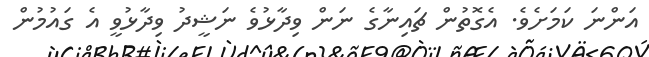
އަންނަ ކަމަށެވެ. އެގޮތުން ޗައިނާގެ ނަން ވިދާޅުވެ ނަޝީދު ވިދާޅުވީ އެ ގައުމުން